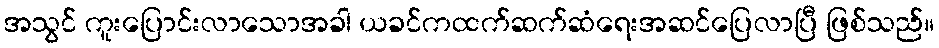
အသွင် ကူးပြောင်းလာသောအခါ ယခင်ကထက်ဆက်ဆံရေးအဆင်ပြေလာပြီ ဖြစ်သည်။